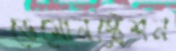
ডেমোনস্ট্রেশন